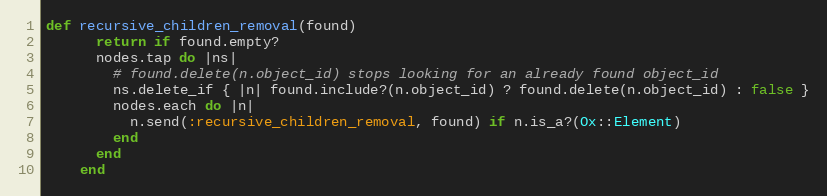
Language: Ruby
def recursive_children_removal(found)
      return if found.empty?
      nodes.tap do |ns|
        # found.delete(n.object_id) stops looking for an already found object_id
        ns.delete_if { |n| found.include?(n.object_id) ? found.delete(n.object_id) : false }
        nodes.each do |n|
          n.send(:recursive_children_removal, found) if n.is_a?(Ox::Element)
        end
      end
    end